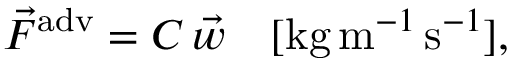
\vec { F } ^ { \mathrm { a d v } } = C \, \vec { w } \quad [ \mathrm { k g } \, \mathrm { m } ^ { - 1 } \, \mathrm { s } ^ { - 1 } ] ,